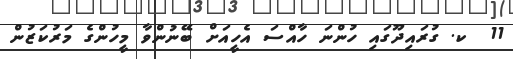
11  ކ. ގުރައިދޫގައި ހުންނަ ހާއްސަ އެހީއަށް ބޭނުންވާ މީހުންގެ މަރުކަޒުން